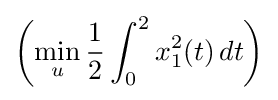
\left(\min _{u}{\frac {1}{2}}\int _{0}^{2}x_{1}^{2}(t)\,dt\right)